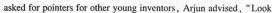
asked for pointers for other young inventors,Arjun advised,"Look